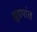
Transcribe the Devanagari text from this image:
झुडपांत